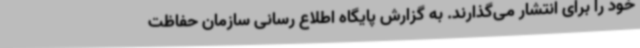
خود را برای انتشار می‌گذارند. به گزارش پایگاه اطلاع رسانی سازمان حفاظت